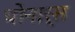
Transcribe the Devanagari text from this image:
पोनार्स